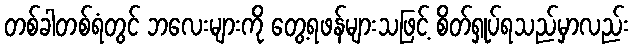
တစ်ခါတစ်ရံတွင် ဘလေးများကို တွေ့ရဖန်များသဖြင့် စိတ်ရှုပ်ရသည်မှာလည်း